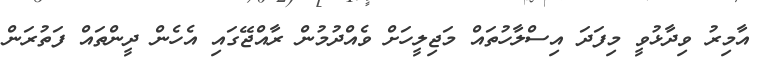
އާމިރު ވިދާޅުވީ މިފަދަ އިސްލާހުތައް މަޖިލީހަށް ވެއްދުމުން ރާއްޖޭގައި އެހެން ދީންތައް ފަތުރަން